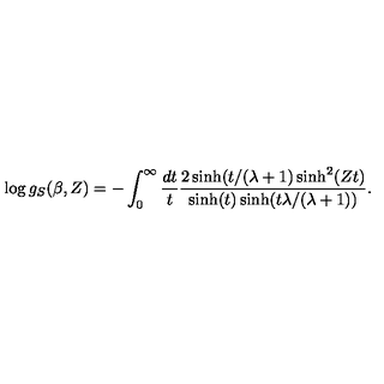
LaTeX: \log g _ { S } ( \beta , Z ) = - \int _ { 0 } ^ { \infty } \frac { d t } { t } \frac { 2 \sinh ( t / ( \lambda + 1 ) \sinh ^ { 2 } ( Z t ) } { \sinh ( t ) \sinh ( t \lambda / ( \lambda + 1 ) ) } .